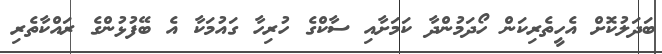
ބަދަލުކޮށް އެހީތެރިކަން ހޯދަމުންދާ ކަމަށާއި ސާކްގެ ހުރިހާ ގައުމަކާ އެ ބޭފުޅުންގެ ރައްކާތެރި